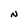
Character: N